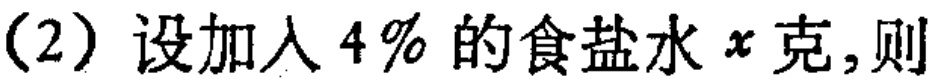
(2)设加入4%的食盐水\(x\)克,则